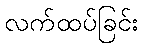
လက်ထပ်ခြင်း